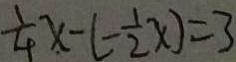
\frac { 1 } { 4 } x - ( - \frac { 1 } { 2 } x ) = 3